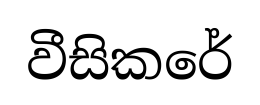
වීසිකරේ